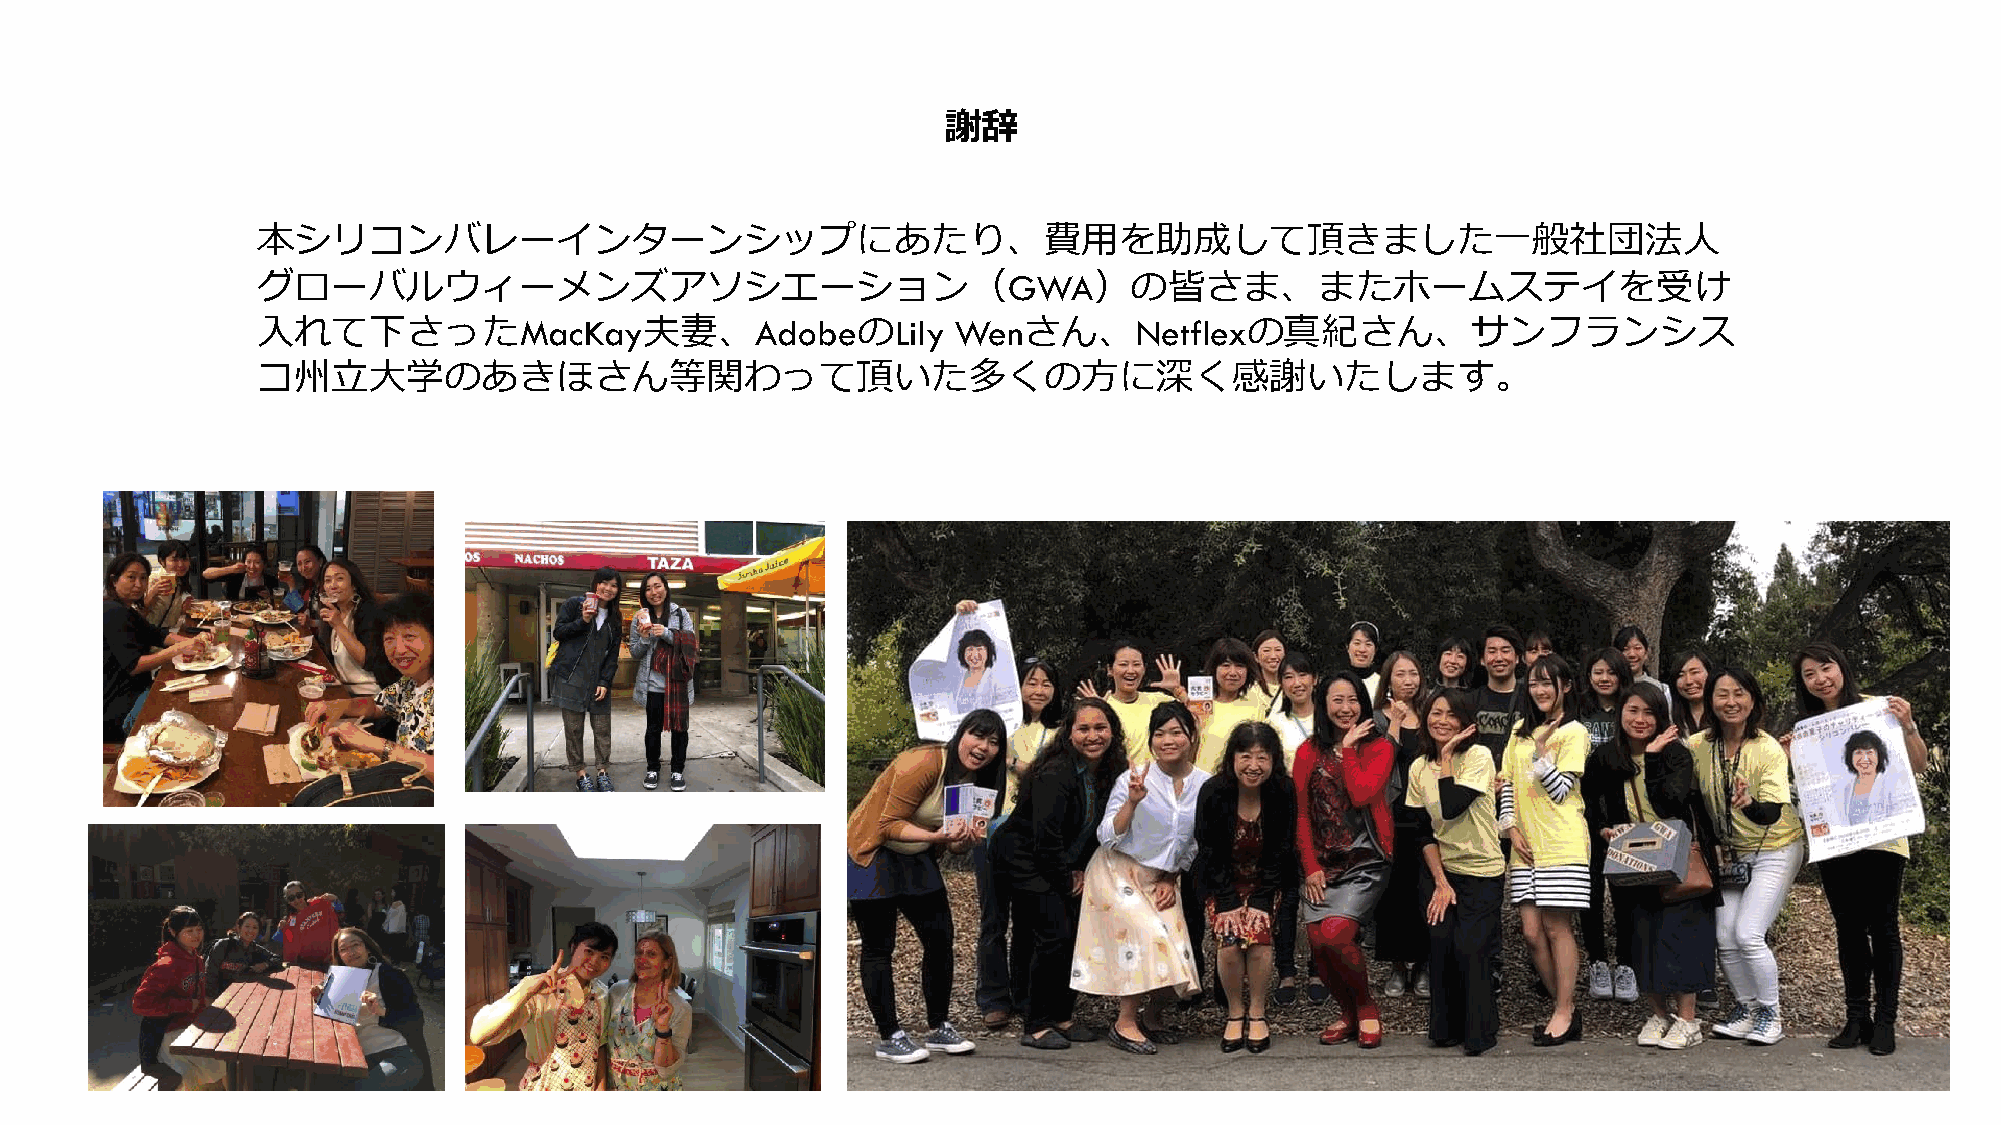
謝辞
 本シリコンバレーインターンシップにあたり、費用を助成して頂きました一般社団法人
 グローバルウィーメンズアソシエーション（GWA）の皆さま、またホームステイを受け
 入れて下さったMacKay夫妻、AdobeのLily                    Wenさん、Netflexの真紀さん、サンフランシス
 コ州立大学のあきほさん等関わって頂いた多くの方に深く感謝いたします。